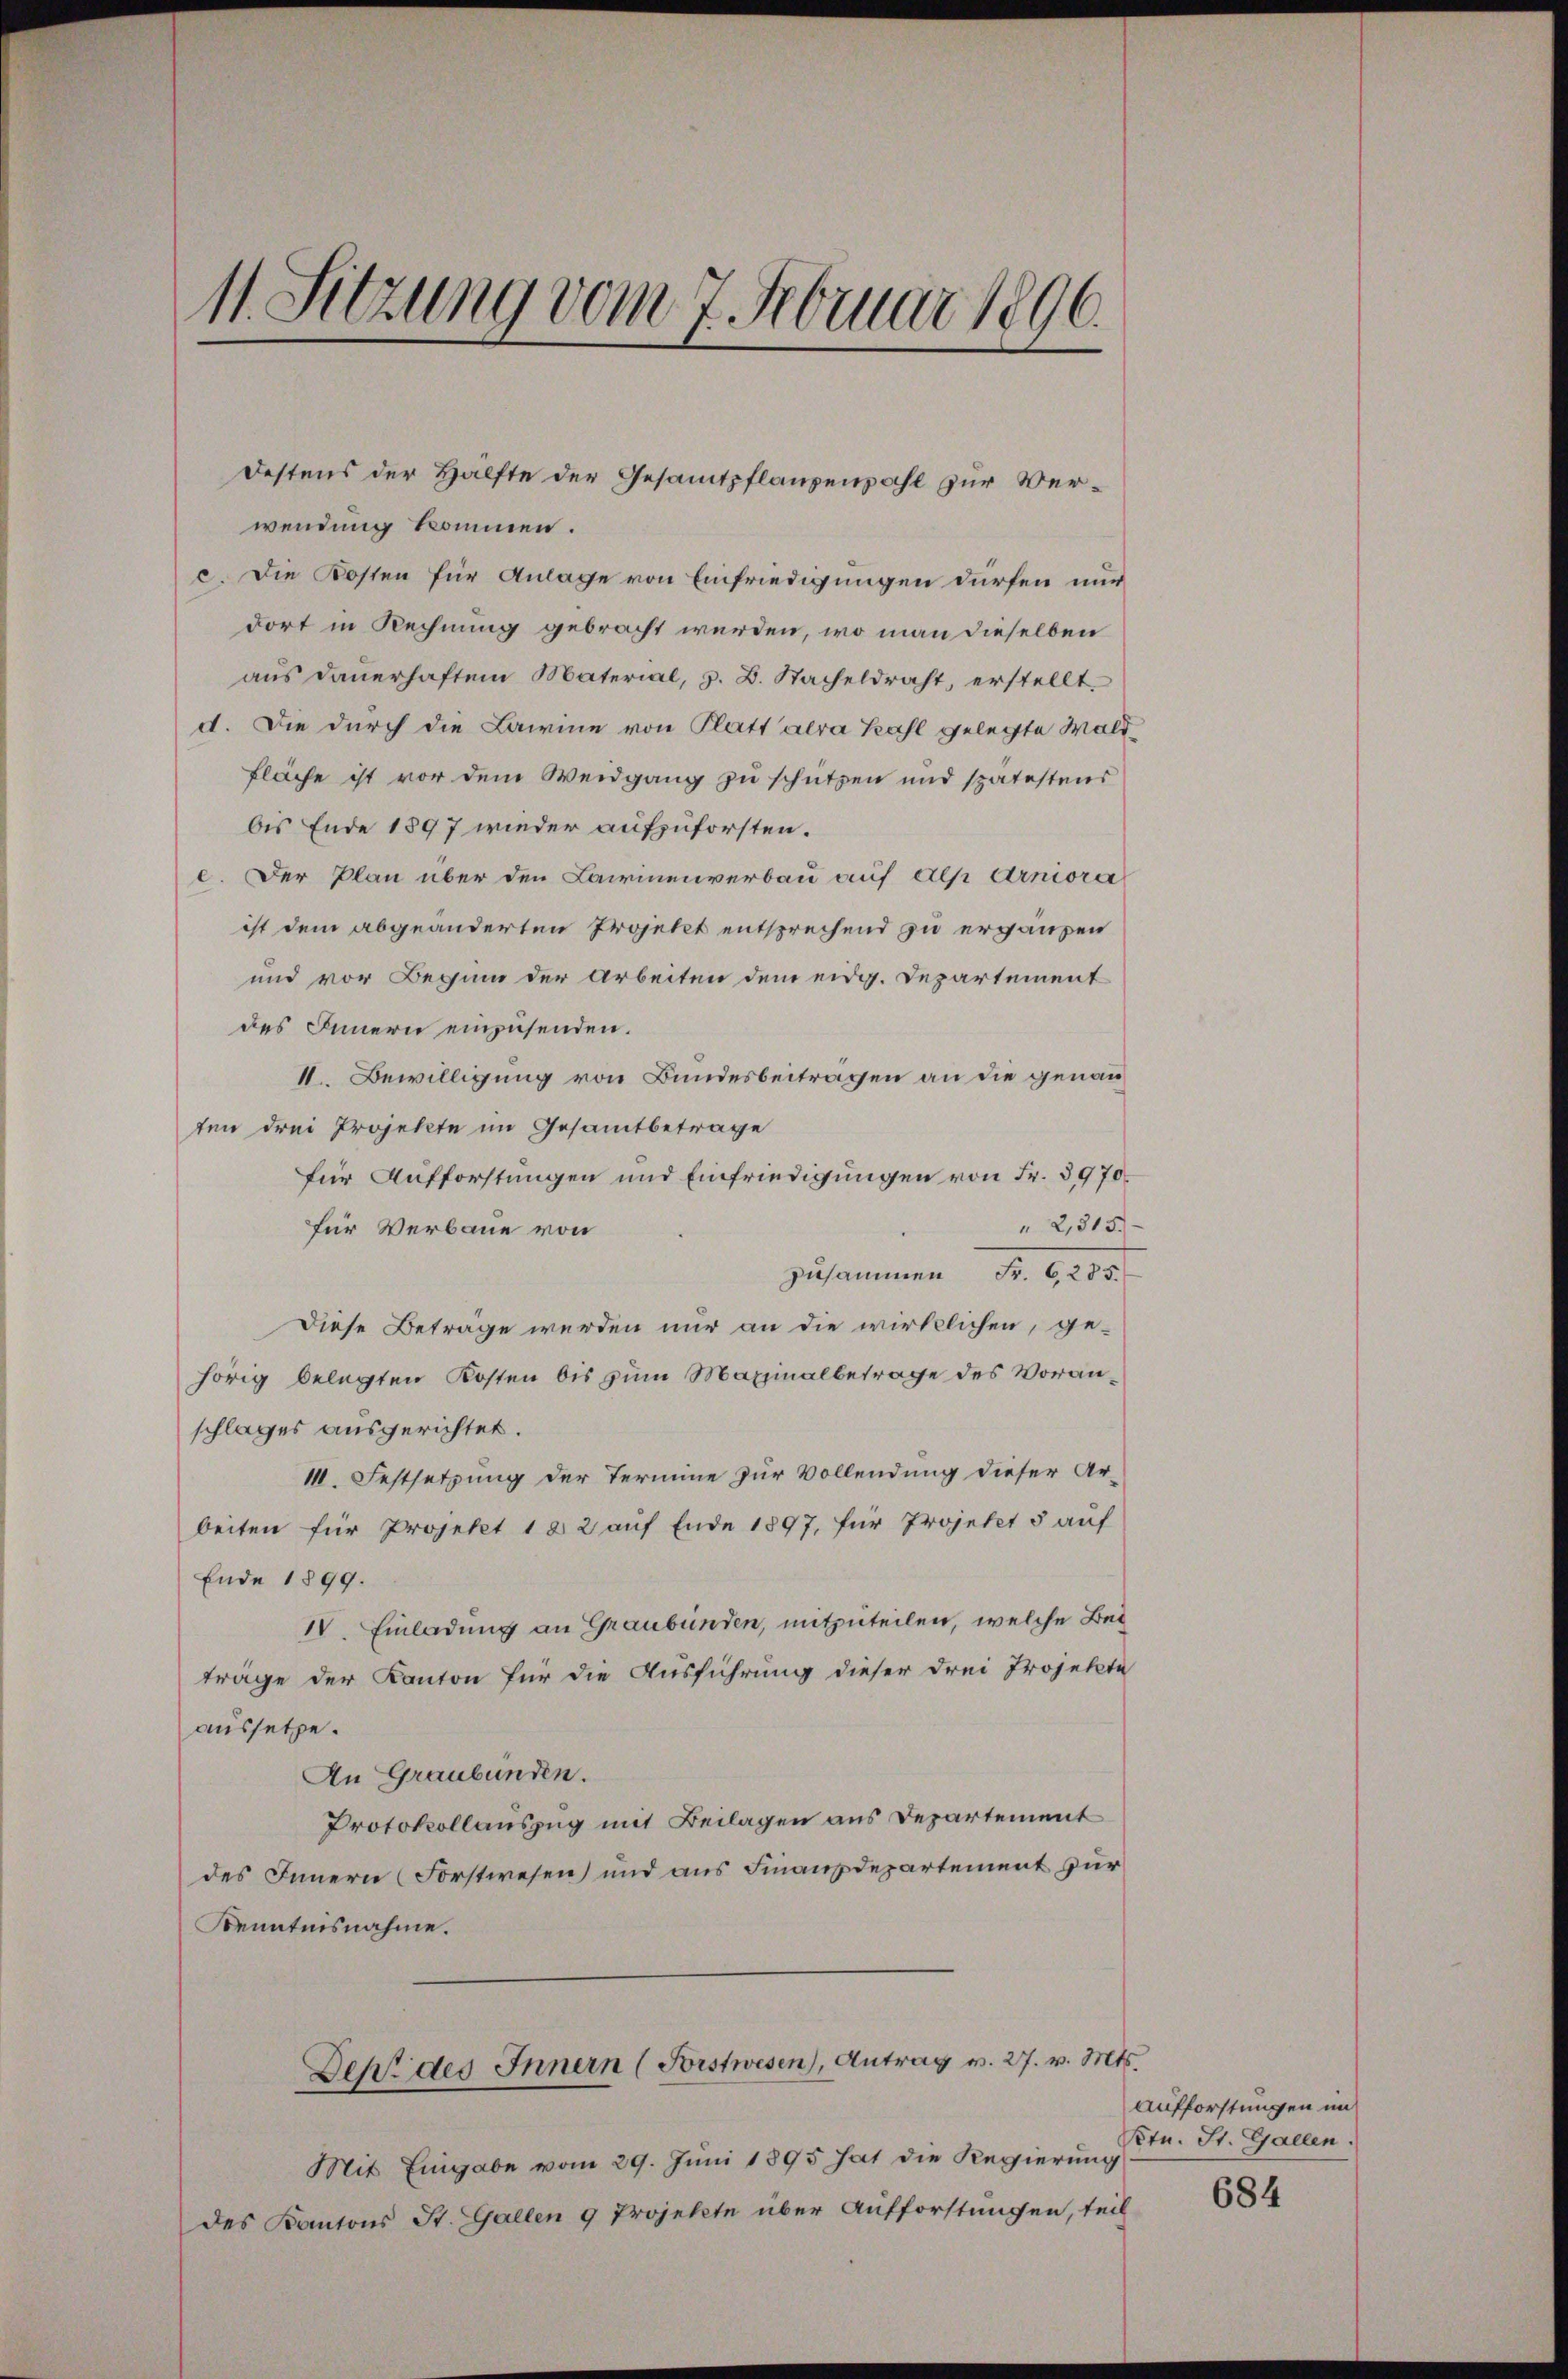
11. Sitzung vom 7. Februar 1896.

wendung kommen.
c. Die Kosten für Anlage von Einfriedigungen dürfen nur
dort in Rechnung gebracht werden, wo man dieselben
aus dauerhaftem Material, z. B. Sacheldraht, erstellt.
d. Die durch die Lawine von Platt alra Kahl gelegte Wald¬
Fläche ist vor dem Weidgang zu schützen und spätestens
bis Ende 1897 wieder aufzuforsten.
c. Der Plan über den Lairinenverbau auf Alp Arniora
ist dem abgeänderten Projekt entsprechend zu ergänzen
und vor Beginn der Arbeiten dem eidg. Departement
des Innern einzusenden.
II. Bewilligung von Bundesbeiträgen an die genauten drei Projekte im Gesamtbetrage
für Aufforstungen und Einfriedigungen von Fr. 3970.
" 2,815.
für Verbaue von
zusammen Fr. 6285.
Diese Betrage werden nur an die wirklichen, ge-
hörig belegten Kosten bis zum Maximalbetrage des Voranschlages ausgerichtet.
I. Festsetzung der Termine zur Vollendung dieser Arbeiten für Projekt 182 auf Ende 1897, für Projekt 5 auf
Ende 1899.
IV. Einladung an Graubünden, mitzuteilen, welche Bei
trage der Kanton für die Ausführung dieser drei Projekte
aussetze.
An Graubünden.
Protokollauszug mit Beilagen aus Departement
des Innern (Forstwesen) und aus Finanzdepartement zur
Kenntnisnahme.
Dehe des Innern (Forstwesen), Antrag v. 27. v. Mts.
Mit Eingabe vom 29. Juni 1895 hat die Regierung
des Kantons St. Gallen 9 Projekte über Aufforstungen, teil

Destens der Hälfte der Gesamtpflanzenzahl zur Ver¬

Aufforstungen im
Ktn. St. Gallen.

684